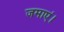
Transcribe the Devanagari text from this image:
जमाएं।